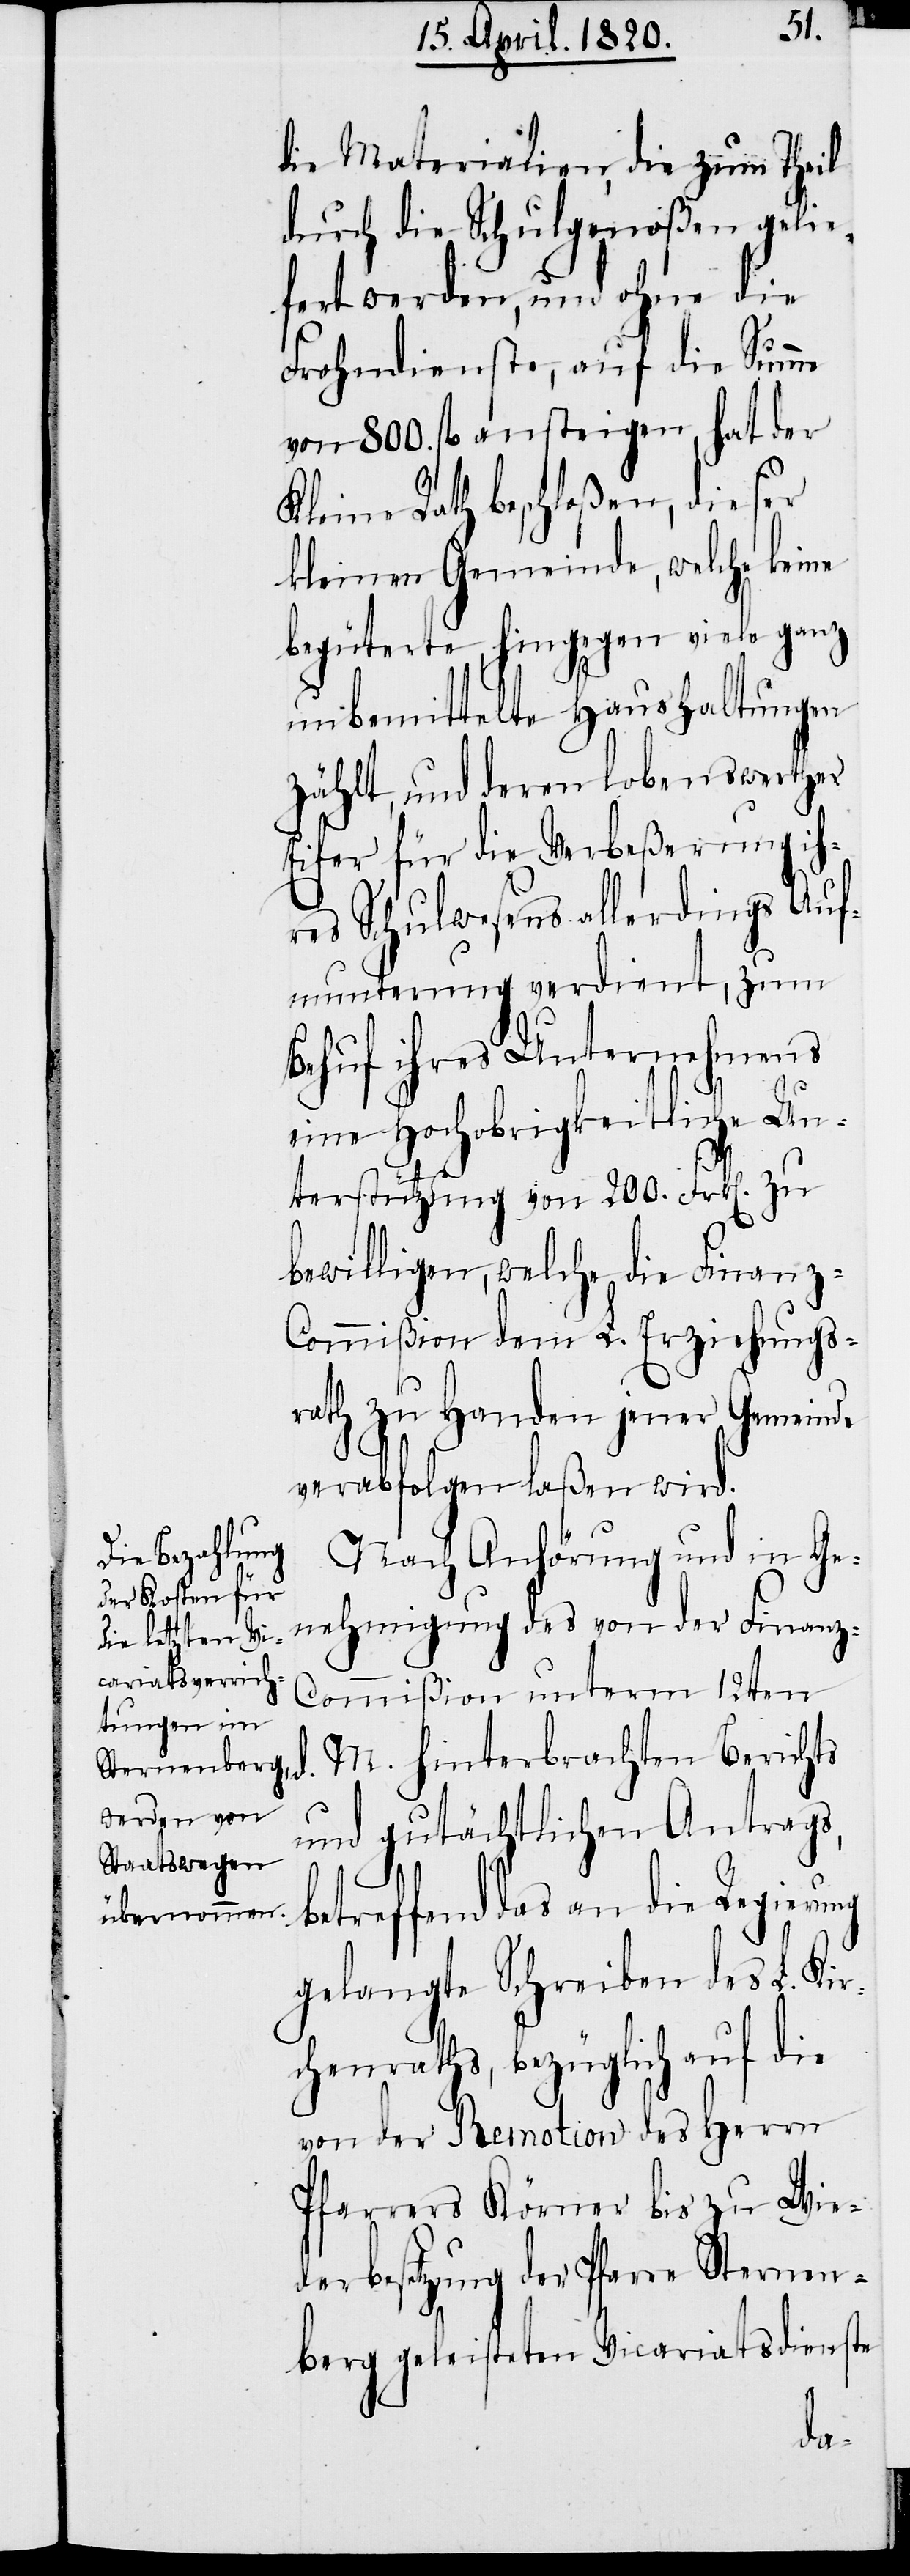
die Materialien, die zum Theil
durch die Schulgenoβen gelie¬
fert werden, und ohne die
Frohndienste, auf die Summe
von 800. fl. ansteigen, hat der
Kleine Rath beschloβen, dieser
kleinen Gemeinde, welche keine
begüterte hingegen viele ganz
unbemittelte Haushaltungen
zählt, und deren lobenswerther
Eifer für die Verbeβerung ih¬
res Schulwesens allerdings Auf¬
munterung verdient, zum
Behuf ihres Unternehmens
eine Hochobrigkeitliche Un¬
terstützung von 200. Frk[en]. zu
bewilligen, welche die Finanz-C¬
ommiβion dem L. Erziehungs¬
rath zu Handen jener Gemeinde
verabfolgen laβen wird.
Nach Anhörung und in Ge¬
nehmigung des von der Finanz-C¬
ommißion unterm 12ten
M. hinterbrachten Berichts
und gutächtlichen Antrags,
betreffend das an die Regierung
gelangte Schreiben des L. Kir¬
chenraths, bezüglich auf die
von der Remotion des Herrn
Pfarrers Körner bis zu Wie¬
derbesetzung der Pfarre Sternen¬
berg geleisteten Vicariatsdienste